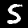
Label: 5